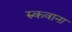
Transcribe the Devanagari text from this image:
रुकवाना